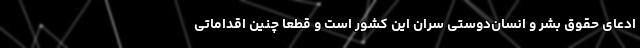
ادعای حقوق بشر و انسان‌دوستی سران این کشور است و قطعاً چنین اقداماتی